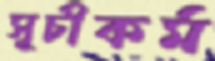
সূচীকর্ম